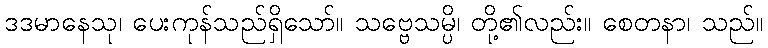
ဒဒမာနေသု၊ ပေးကုန်သည်ရှိသော်။ သဗ္ဗေသမ္ပိ၊ တို့၏လည်း။ စေတနာ၊ သည်။